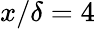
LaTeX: x/\delta=4